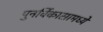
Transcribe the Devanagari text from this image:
पुनर्विकासामध्ये